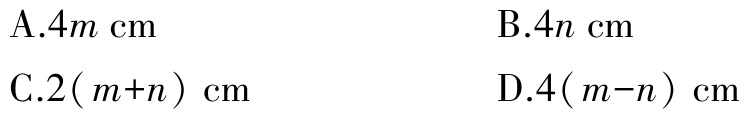
A.$4m\ \text{cm}$

B.$4n\ \text{cm}$

C.$2( m + n)\ \text{cm}$

D.$4( m - n)\ \text{cm}$